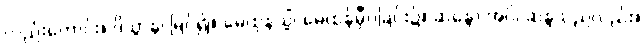
လည်းကောင်း။ ဒိသွာန၊ မြင်၍။ မေထုနသ္မိံ၊ မေထုန်မှီဝဲခြင်း၌။ ဆန္ဒော အပိ၊ ဆန္ဒသည်လည်း။